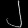
Digit: ၂